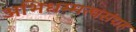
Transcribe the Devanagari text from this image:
अभिधम्मत्थसंग्रह